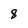
Character: 8